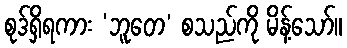
စုဒ်ရှိရကား ‘ဘူတေ’ စသည်ကို မိန့်သော်။